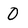
Character: O